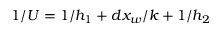
1 / U = 1 / h _ { 1 } + d x _ { w } / k + 1 / h _ { 2 }